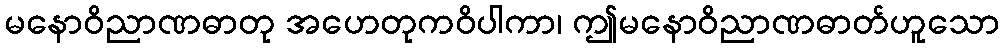
မနောဝိညာဏဓာတု အဟေတုကဝိပါကာ၊ ဤမနောဝိညာဏဓာတ်ဟူသော